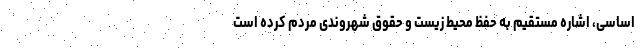
اساسی، اشاره مستقیم به حفظ محیط زیست و حقوق شهروندی مردم کرده است